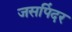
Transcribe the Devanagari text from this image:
जसपिंदर